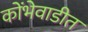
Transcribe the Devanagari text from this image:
कोंभेवाडीत